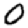
Digit: 0